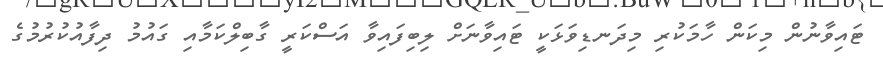
ޓައިވާނުން މިކަން ހާމަކުރި މިދަނޑިވަޅަކީ ޓައިވާނަށް ލިބިފައިވާ އަސްކަރީ ގާބިލްކަމާއި ގައުމު ދިފާއުކުރުމުގެ